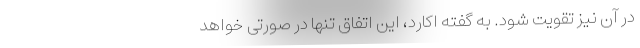
در آن نیز تقویت شود. به گفته اکارد، این اتفاق تنها در صورتی خواهد